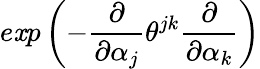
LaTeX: e\mathit{x}p\left(-\frac{{\partial}}{{\partial\alpha_{j}}}\theta^{jk}\frac{{\partial}}{{\partial\alpha_{k}}}\right)